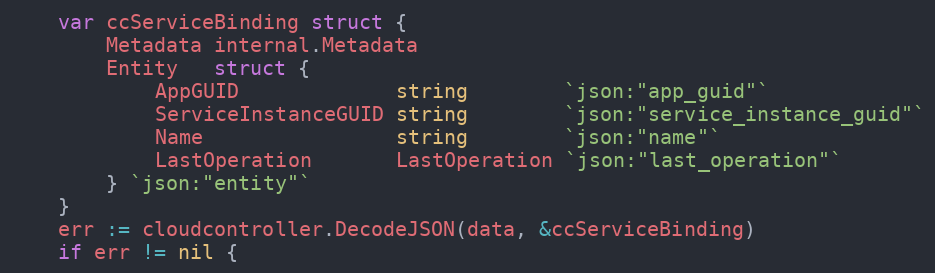
Language: Go
	var ccServiceBinding struct {
		Metadata internal.Metadata
		Entity   struct {
			AppGUID             string        `json:"app_guid"`
			ServiceInstanceGUID string        `json:"service_instance_guid"`
			Name                string        `json:"name"`
			LastOperation       LastOperation `json:"last_operation"`
		} `json:"entity"`
	}
	err := cloudcontroller.DecodeJSON(data, &ccServiceBinding)
	if err != nil {